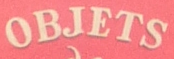
OBJETS